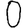
Digit: 0